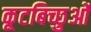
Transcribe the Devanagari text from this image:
कूटबिच्छुओं